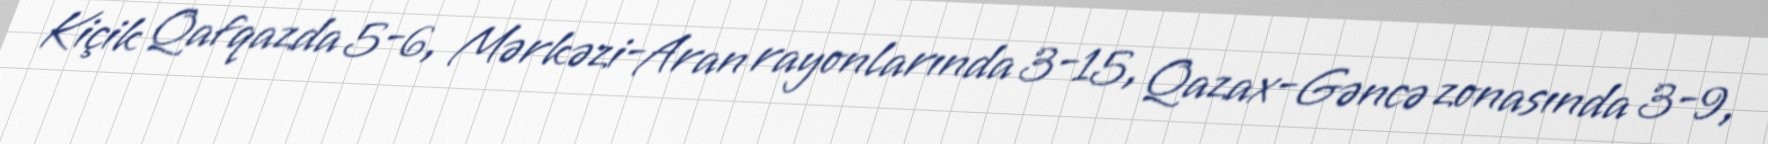
Kiçik Qafqazda 5-6, Mərkəzi-Aran rayonlarında 3-15, Qazax-Gəncə zonasında 3-9,